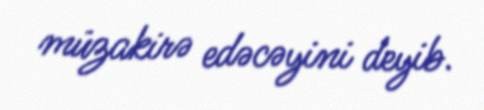
müzakirə edəcəyini deyib.